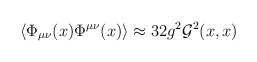
\begin{align*}\left\langle \Phi_{\mu\nu}(x) \Phi^{\mu\nu}(x) \right\rangle \approx 32 g^2 {\cal G}^2 (x,x)\end{align*}